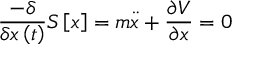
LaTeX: \frac { - \delta } { \delta x \left( t \right) } S \left[ x \right] = m \ddot { x } + \frac { \partial V } { \partial x } = 0